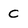
Character: C